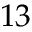
1 3